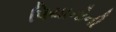
પિયાનોની